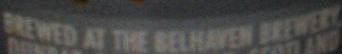
BREWED AT THE BELHAVEN